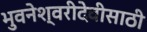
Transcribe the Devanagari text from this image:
भुवनेश्वरीदेवीसाठी